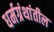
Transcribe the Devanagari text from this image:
धर्मग्रंथांतील